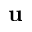
\textbf { u }